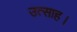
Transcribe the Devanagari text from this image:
उत्‍साह।